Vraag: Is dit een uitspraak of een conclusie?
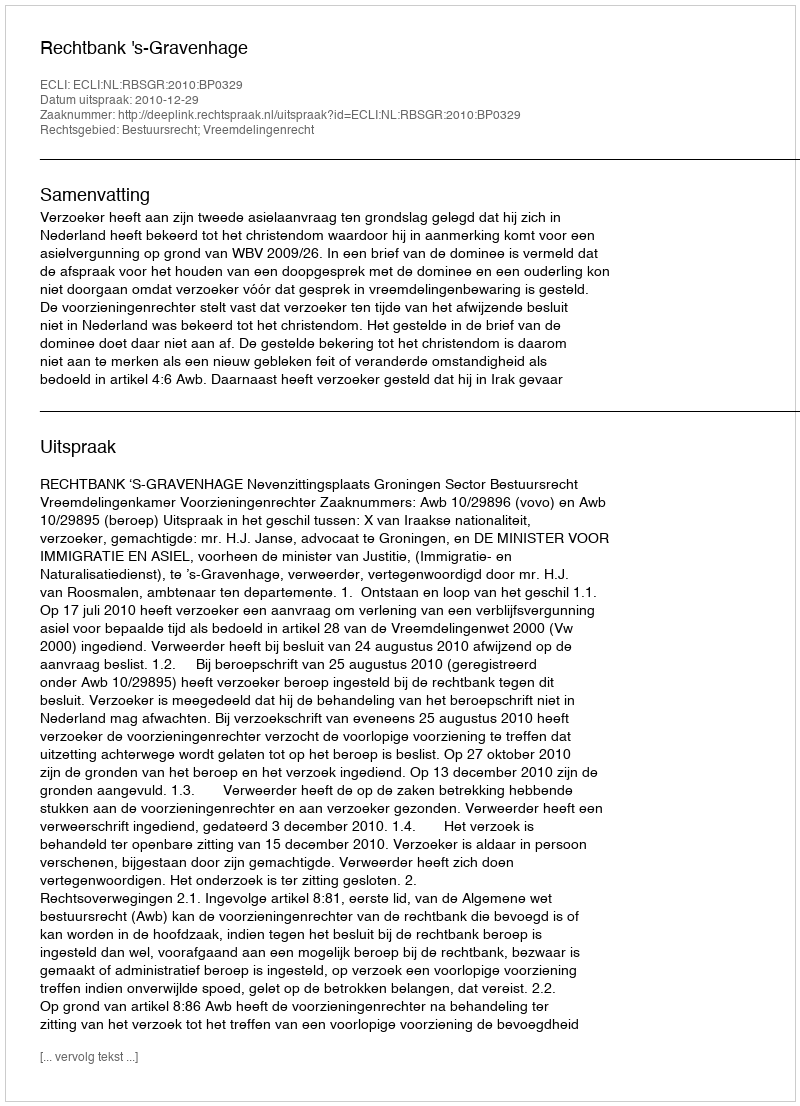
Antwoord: Uitspraak